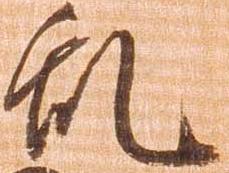
乱